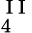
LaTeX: _{4}^{\mathrm{~I~I~}}